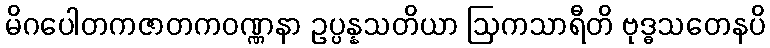
မိဂပေါတကဇာတကဝဏ္ဏနာ ဥပ္ပန္နသတိယာ ဩကသာရီတိ ဗုဒ္ဓသတေနပိ